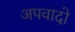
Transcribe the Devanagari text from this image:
अपवादो